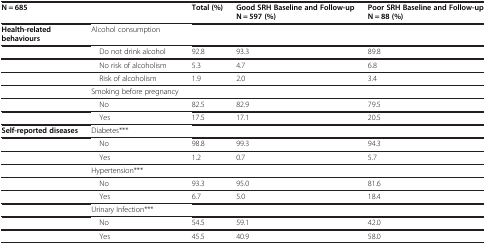
| N = 685 |  | Total (%) | Good SRH Baseline and Follow-up N = 597 (%) | Poor SRH Baseline and Follow-up N = 88 (%) |
 | --- | --- | --- | --- | --- |
 | Health-related behaviours | Alcohol consumption |  |  |  |
 |  | Do not drink alcohol | 92.8 | 93.3 | 89.8 |
 |  | No risk of alcoholism | 5.3 | 4.7 | 6.8 |
 |  | Risk of alcoholism | 1.9 | 2.0 | 3.4 |
 |  | Smoking before pregnancy |  |  |  |
 |  | No | 82.5 | 82.9 | 79.5 |
 |  | Yes | 17.5 | 17.1 | 20.5 |
 | Self-reported diseases | Diabetes*** |  |  |  |
 |  | No | 98.8 | 99.3 | 94.3 |
 |  | Yes | 1.2 | 0.7 | 5.7 |
 |  | Hypertension*** |  |  |  |
 |  | No | 93.3 | 95.0 | 81.6 |
 |  | Yes | 6.7 | 5.0 | 18.4 |
 |  | Urinary Infection*** |  |  |  |
 |  | No | 54.5 | 59.1 | 42.0 |
 |  | Yes | 45.5 | 40.9 | 58.0 |